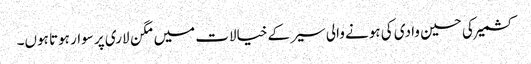
کشمیر کی حسین وادی کی ہونے والی سیر کے خیالات میں مگن لاری پر سوار ہوتا ہوں۔